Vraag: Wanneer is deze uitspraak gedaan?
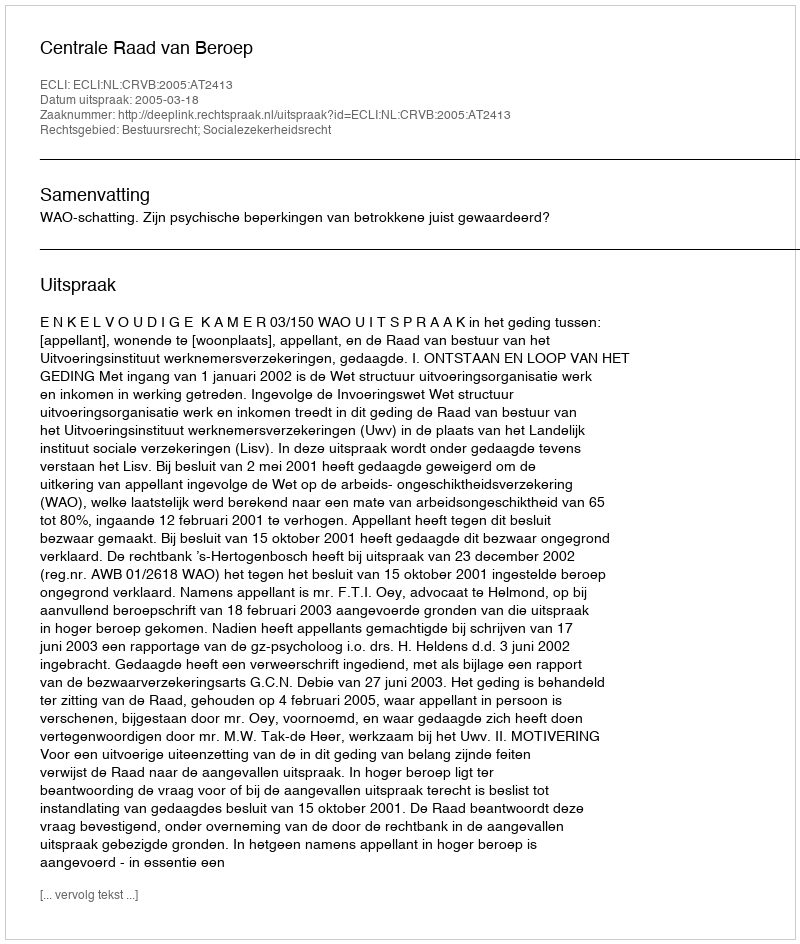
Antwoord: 2005-03-18